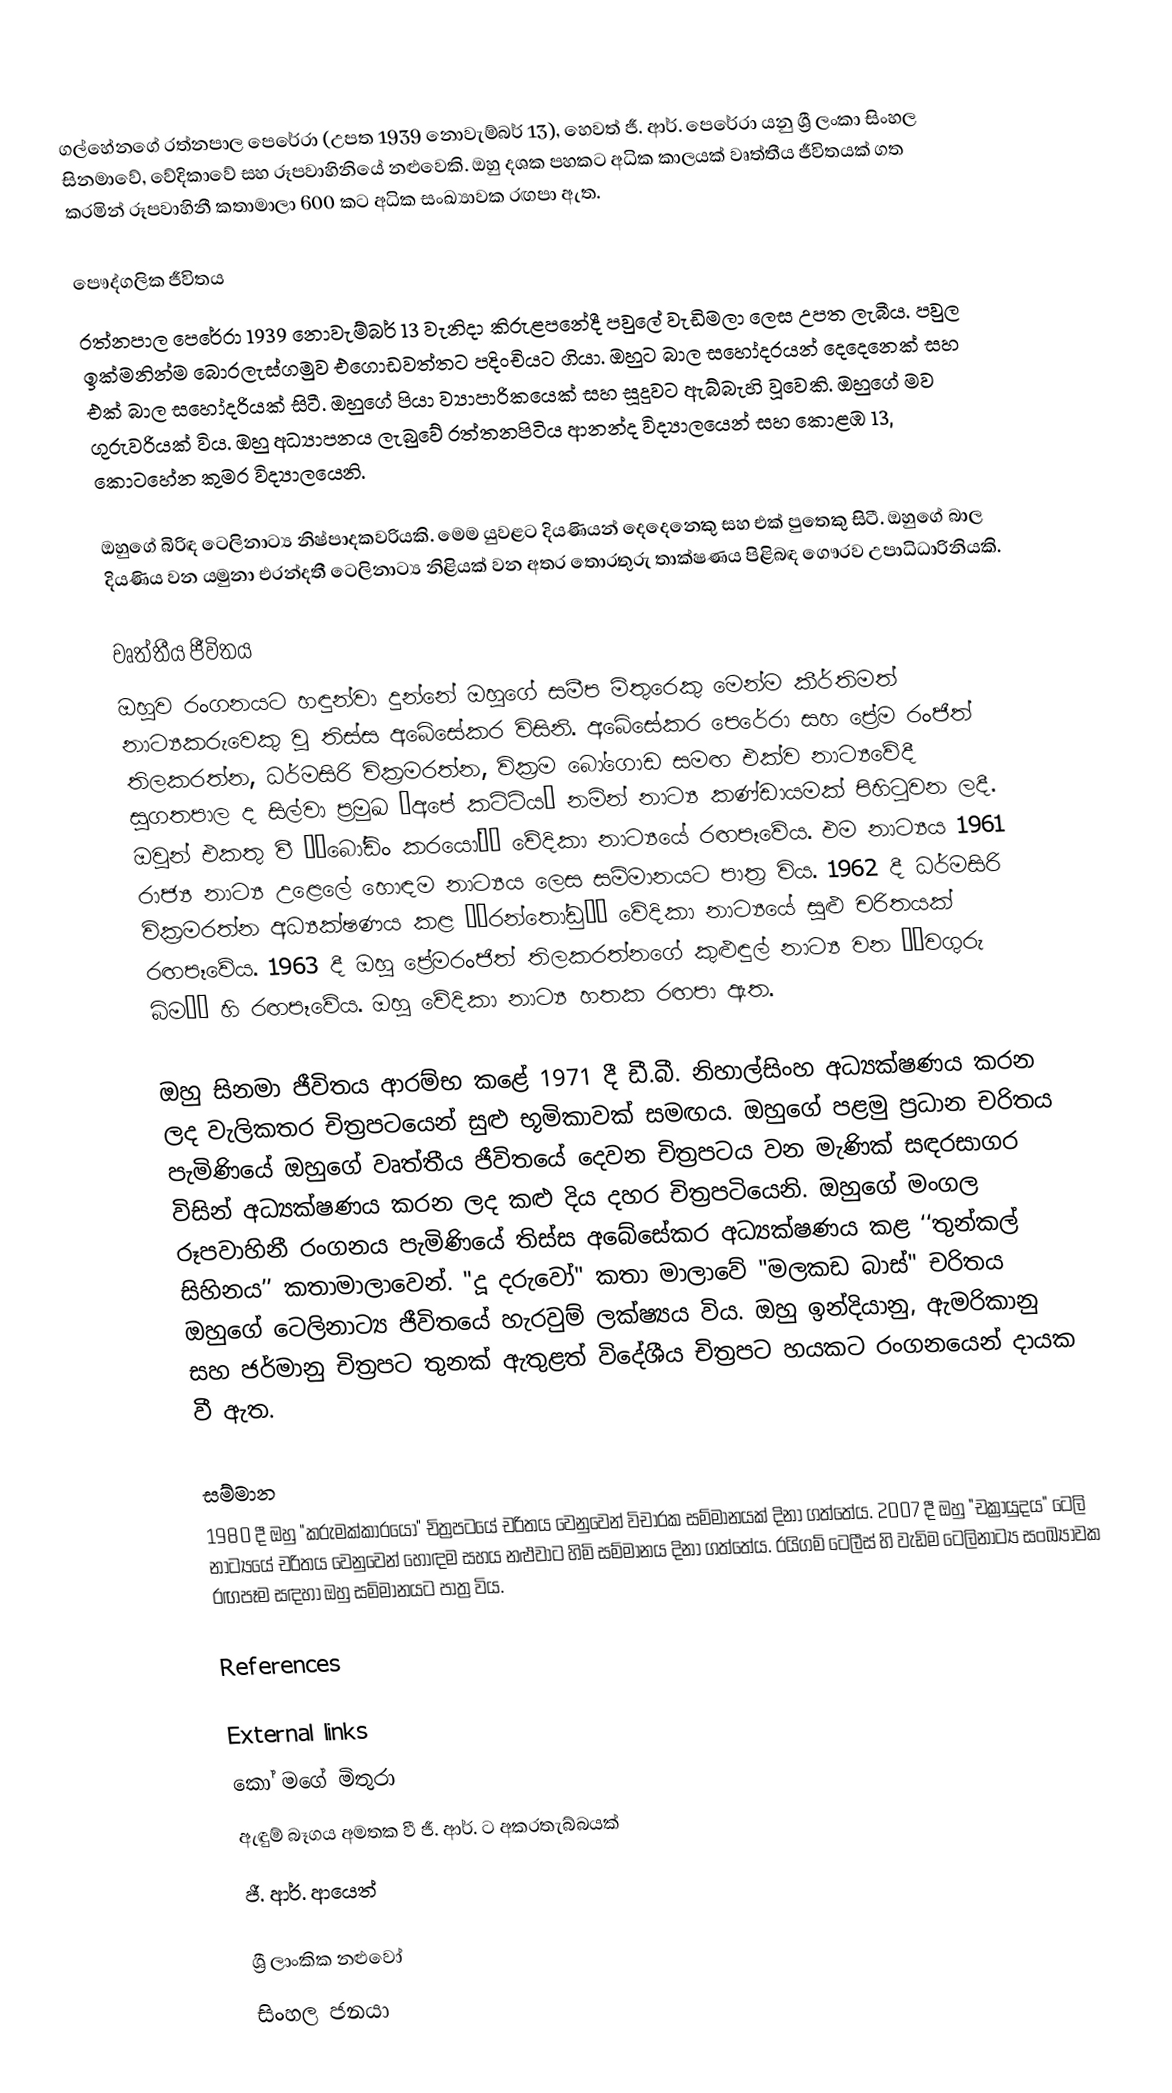
ගල්හේනගේ රත්නපාල පෙරේරා (උපත 1939 නොවැම්බර් 13), හෙවත් ජී. ආර්. පෙරේරා යනු ශ්‍රී ලංකා සිංහල සිනමාවේ, වේදිකාවේ සහ රූපවාහිනියේ නළුවෙකි. ඔහු දශක පහකට අධික කාලයක් වෘත්තීය ජීවිතයක් ගත කරමින් රූපවාහිනී කතාමාලා 600 කට අධික සංඛ්‍යාවක රඟපා ඇත.

පෞද්ගලික ජීවිතය
රත්නපාල පෙරේරා 1939 නොවැම්බර් 13 වැනිදා කිරුළපනේදී පවුලේ වැඩිමලා ලෙස උපත ලැබීය. පවුල ඉක්මනින්ම බොරලැස්ගමුව එගොඩවත්තට පදිංචියට ගියා. ඔහුට බාල සහෝදරයන් දෙදෙනෙක් සහ එක් බාල සහෝදරියක් සිටී. ඔහුගේ පියා ව්‍යාපාරිකයෙක් සහ සූදුවට ඇබ්බැහි වූවෙකි. ඔහුගේ මව ගුරුවරියක් විය. ඔහු අධ්‍යාපනය ලැබුවේ රත්තනපිටිය ආනන්ද විද්‍යාලයෙන් සහ කොළඹ 13, කොටහේන කුමර විද්‍යාලයෙනි.

ඔහුගේ බිරිඳ ටෙලිනාට්‍ය නිෂ්පාදකවරියකි. මෙම යුවළට දියණියන් දෙදෙනෙකු සහ එක් පුතෙකු සිටී. ඔහුගේ බාල දියණිය වන යමුනා එරන්දතී ටෙලිනාට්‍ය නිළියක් වන අතර තොරතුරු තාක්ෂණය පිළිබඳ ගෞරව උපාධිධාරිනියකි.

වෘත්තීය ජීවිතය
ඔහුව රංගනයට හඳුන්වා දුන්නේ ඔහුගේ සමීප මිතුරෙකු මෙන්ම කීර්තිමත් නාට්‍යකරුවෙකු වූ තිස්ස අබේසේකර විසිනි. අබේසේකර පෙරේරා සහ ප්‍රේම රංජිත් තිලකරත්න, ධර්මසිරි වික්‍රමරත්න, වික්‍රම බෝගොඩ සමඟ එක්ව නාට්‍යවේදී සුගතපාල ද සිල්වා ප්‍රමුඛ “අපේ කට්ටිය” නමින් නාට්‍ය කණ්ඩායමක් පිහිටුවන ලදී. ඔවුන් එකතු වී ‘‘බෝඩිං කරයෝ’’ වේදිකා නාට්‍යයේ රඟපෑවේය. එම නාට්‍යය 1961 රාජ්‍ය නාට්‍ය උළෙලේ හොඳම නාට්‍යය ලෙස සම්මානයට පාත්‍ර විය. 1962 දී ධර්මසිරි වික්‍රමරත්න අධ්‍යක්ෂණය කළ ‘‘රන්තෝඩු’’ වේදිකා නාට්‍යයේ සුළු චරිතයක් රඟපෑවේය. 1963 දී ඔහු ප්‍රේමරංජිත් තිලකරත්නගේ කුළුඳුල් නාට්‍ය වන ‘‘වගුරු බිම’’ හි රඟපෑවේය. ඔහු වේදිකා නාට්‍ය හතක රඟපා ඇත.

ඔහු සිනමා ජීවිතය ආරම්භ කළේ 1971 දී ඩී.බී. නිහාල්සිංහ අධ්‍යක්ෂණය කරන ලද වැලිකතර චිත්‍රපටයෙන් සුළු භූමිකාවක් සමඟය. ඔහුගේ පළමු ප්‍රධාන චරිතය පැමිණියේ ඔහුගේ වෘත්තීය ජීවිතයේ දෙවන චිත්‍රපටය වන මැණික් සඳරසාගර විසින් අධ්‍යක්ෂණය කරන ලද කළු දිය දහර චිත්‍රපටියෙනි. ඔහුගේ මංගල රූපවාහිනී රංගනය පැමිණියේ තිස්ස අබේසේකර අධ්‍යක්ෂණය කළ ‘‘තුන්කල් සිහිනය’’ කතාමාලාවෙන්. "දූ දරුවෝ" කතා මාලාවේ "මලකඩ බාස්" චරිතය ඔහුගේ ටෙලිනාට්‍ය ජීවිතයේ හැරවුම් ලක්ෂ්‍යය විය. ඔහු ඉන්දියානු, ඇමරිකානු සහ ජර්මානු චිත්‍රපට තුනක් ඇතුළත් විදේශීය චිත්‍රපට හයකට රංගනයෙන් දායක වී ඇත.

සම්මාන
1980 දී ඔහු "කරුමක්කාරයෝ" චිත්‍රපටයේ චරිතය වෙනුවෙන් විචාරක සම්මානයක් දිනා ගත්තේය. 2007 දී ඔහු "චක්‍රායුදය" ටෙලි නාට්‍යයේ චරිතය වෙනුවෙන් හොඳම සහය නළුවාට හිමි සම්මානය දිනා ගත්තේය. රයිගම් ටෙලීස් හි වැඩිම ටෙලිනාට්‍ය සංඛ්‍යාවක රඟපෑම සඳහා ඔහු සම්මානයට පාත්‍ර විය.

References

External links
 කෝ මගේ මිතුරා
 ඇඳුම් බෑගය අමතක වී ජී. ආර්. ට අකරතැබ්බයක්
 ජී. ආර්. ආයෙත්

ශ්‍රී ලාංකික නළුවෝ
සිංහල ජනයා